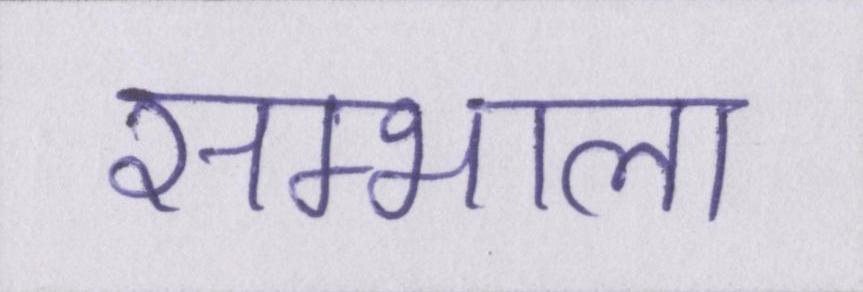
सम्भाला